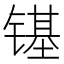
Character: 𮸞